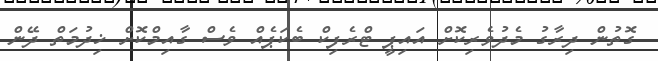
ގޮތުން ދިރާގު މެދުވެރިކޮށް އައިޕީ ޓްރެފިކް ބެކަޕެއް ވެސް ގާއިމްކޮށް ޚިދުމަތް ދޭން